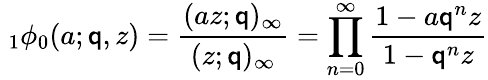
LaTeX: \; _{1}\phi_{0}(a;\mathsf{q},z)={\frac{{(az;\mathsf{q})_{\infty}}}{{(z;\mathsf{q})_{\infty}}}}=\prod_{n=0}^{\infty}{\frac{{1-a\mathsf{q}^{n}z}}{{1-\mathsf{q}^{n}z}}}